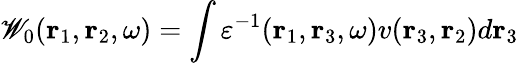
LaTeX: \mathscr{W}_{0}(\mathbf{{r}}_{1},\mathbf{{r}}_{2},\omega)=\int\varepsilon^{-1}(\mathbf{{r}}_{1},\mathbf{{r}}_{3},\omega)v(\mathbf{{r}}_{3},\mathbf{{r}}_{2})d\mathbf{{r}}_{3}